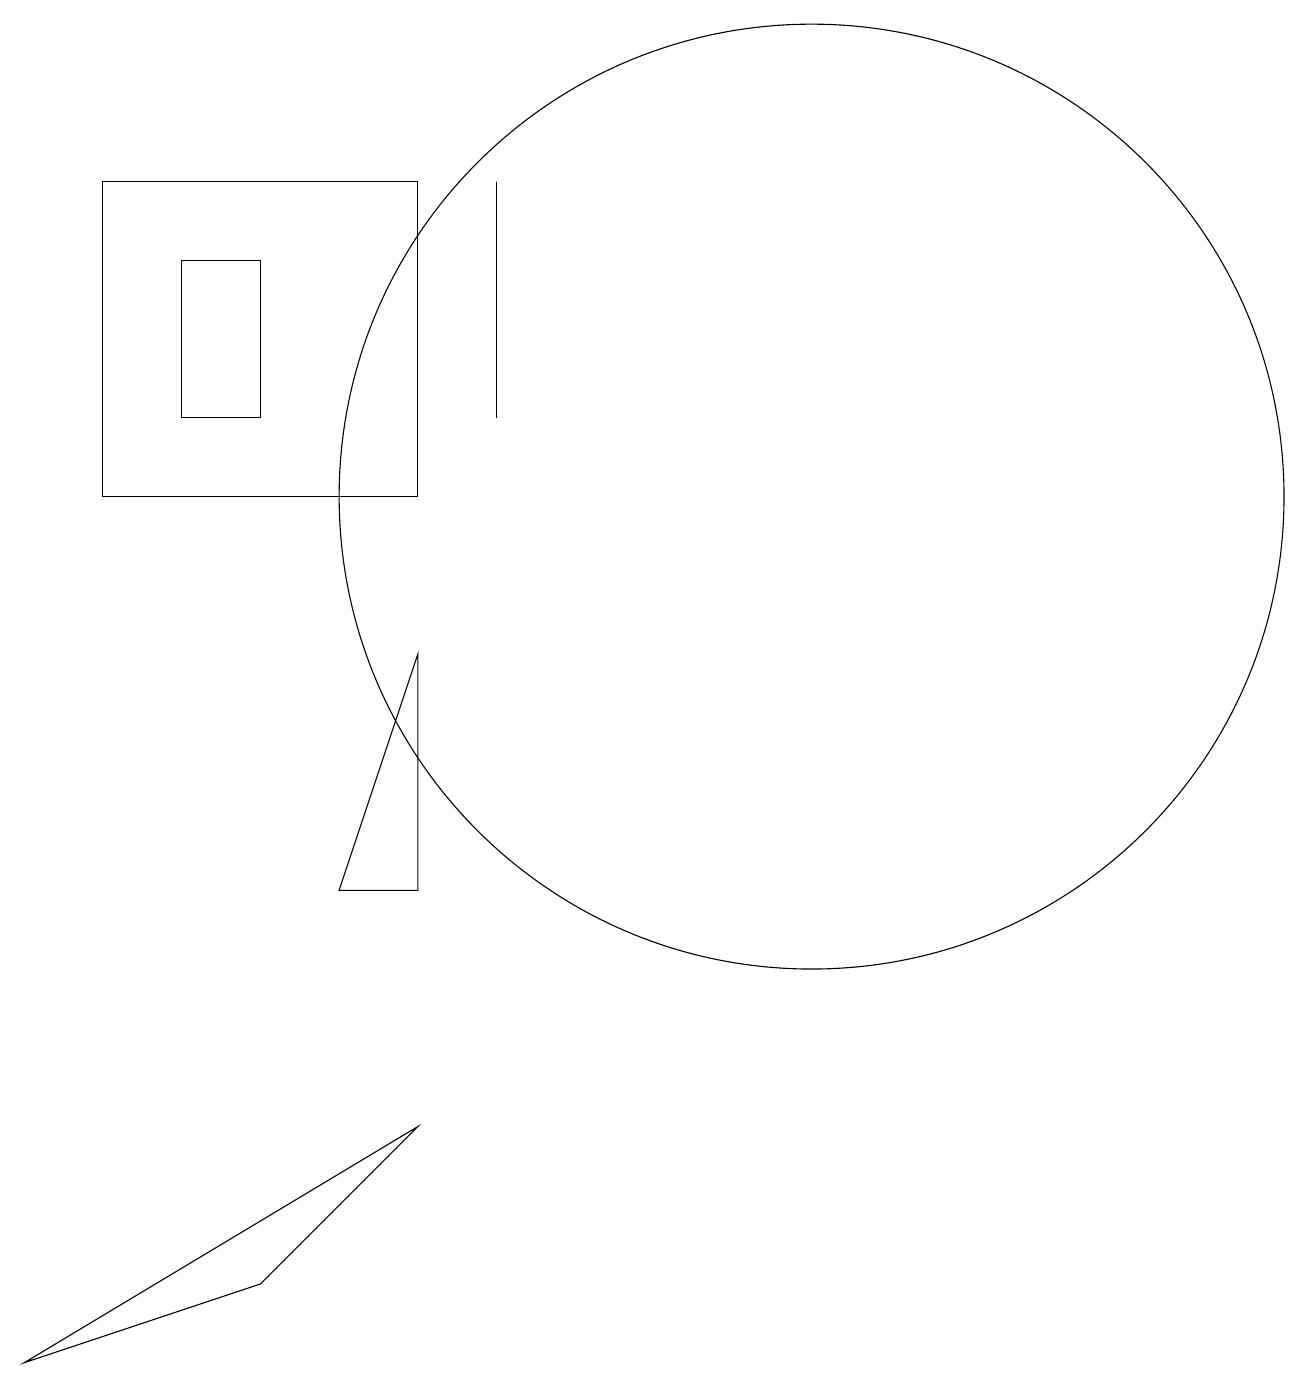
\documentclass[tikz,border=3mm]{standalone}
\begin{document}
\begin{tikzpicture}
\draw (6,12) rectangle (6,15);
\draw (10,11) circle (6);
\draw (0,0) -- (5,3) -- (3,1) -- cycle;
\draw (5,6) -- (4,6) -- (5,9) -- cycle;
\draw (3,12) rectangle (2,14);
\draw (5,11) rectangle (1,15);
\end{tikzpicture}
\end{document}